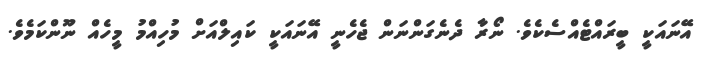
އޭނައަކީ ބީރައްޓެއްސެކެވެ. ނޯރާ ދެނެގަންނަން ޖެހެނީ އޭނައަކީ ކައިލްއަށް މުހިއްމު މީހެއް ނޫންކަމެވެ.